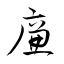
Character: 廉